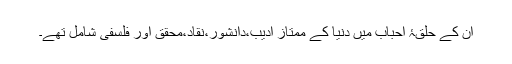
ان کے حلقۂ احباب میں دنیا کے ممتاز ادیب،دانشور،نقاد،محقق اور فلسفی شامل تھے۔